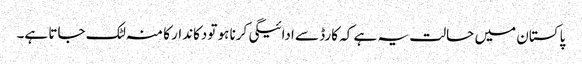
پاکستان میں حالت یہ ہے کہ کارڈ سے ادائیگی کرنا ہو تودکاندار کا منہ لٹک جاتا ہے۔